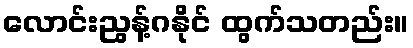
လောင်းညွန့်ဂနိုင် ထွက်သတည်း။